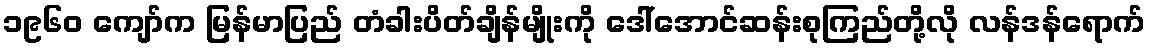
၁၉၆၀ ကျော်က မြန်မာပြည် တံခါးပိတ်ချိန်မျိုးကို ဒေါ်အောင်ဆန်းစုကြည်တို့လို လန်ဒန်ရောက်